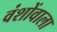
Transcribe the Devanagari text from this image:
वंशोंवाला